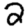
Digit: 2